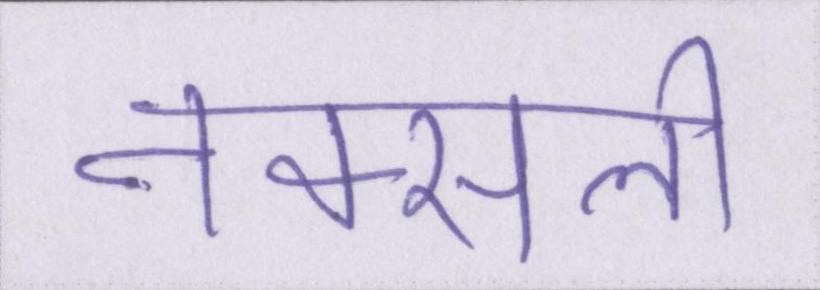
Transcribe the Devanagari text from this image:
नक्सली